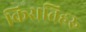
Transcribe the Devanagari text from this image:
किरातिहरु